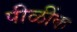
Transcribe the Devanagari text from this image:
पीळींक